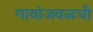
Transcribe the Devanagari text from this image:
गावांजवळची